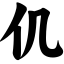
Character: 仉